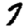
Digit: 7